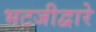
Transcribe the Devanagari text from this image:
भटजीद्वारे